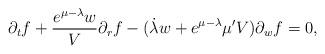
LaTeX: \begin{align*} \partial_{t}f + \frac{e^{\mu-\lambda}w}{V}\partial_{r}f - (\dot{\lambda} w +e^{\mu-\lambda}\mu'V)\partial_{w}f = 0,\end{align*}